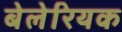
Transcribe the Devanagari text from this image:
बेलेरियक